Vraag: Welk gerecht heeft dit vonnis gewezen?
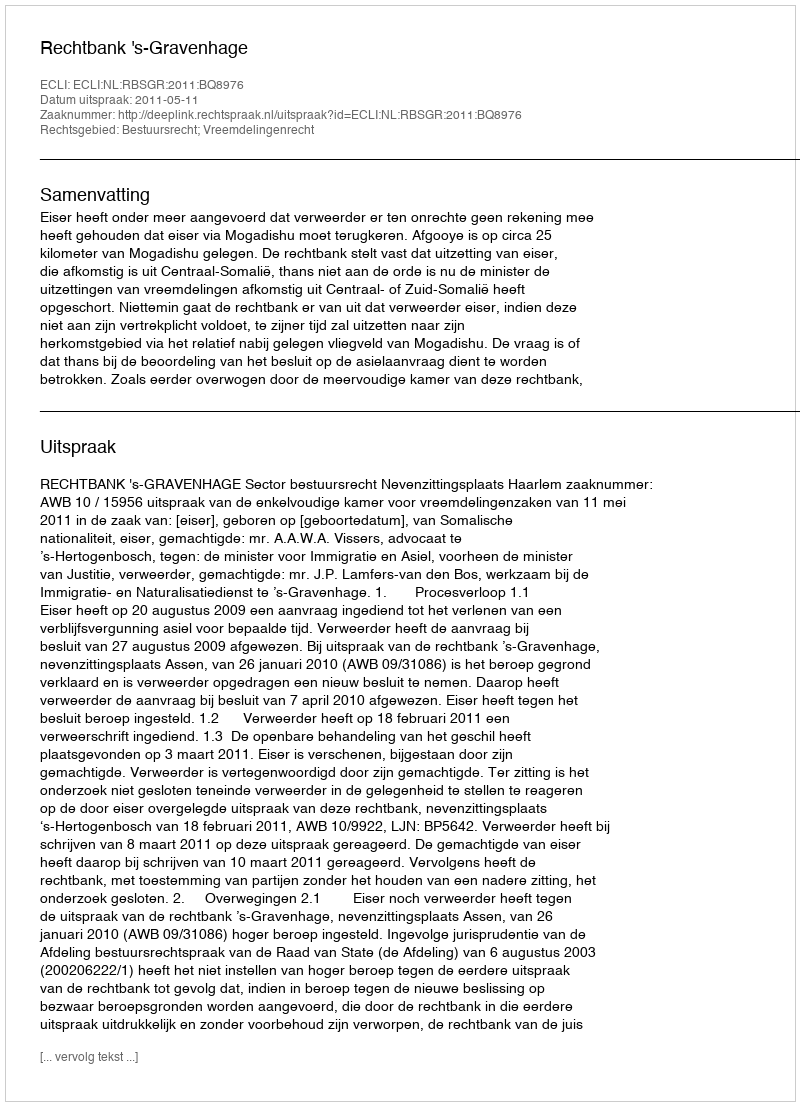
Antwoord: Rechtbank 's-Gravenhage